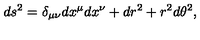
d s ^ { 2 } = \delta _ { \mu \nu } d x ^ { \mu } d x ^ { \nu } + d r ^ { 2 } + r ^ { 2 } d \theta ^ { 2 } ,